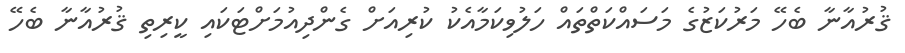
ޤުރުއާނާ ބެހޭ މަރުކަޒުގެ މަސައްކަތްތައް ހަލުވިކަމާއެކު ކުރިއަށް ގެންދިއުމަށްޓަކައި ކީރިތި ޤުރުއާނާ ބެހޭ